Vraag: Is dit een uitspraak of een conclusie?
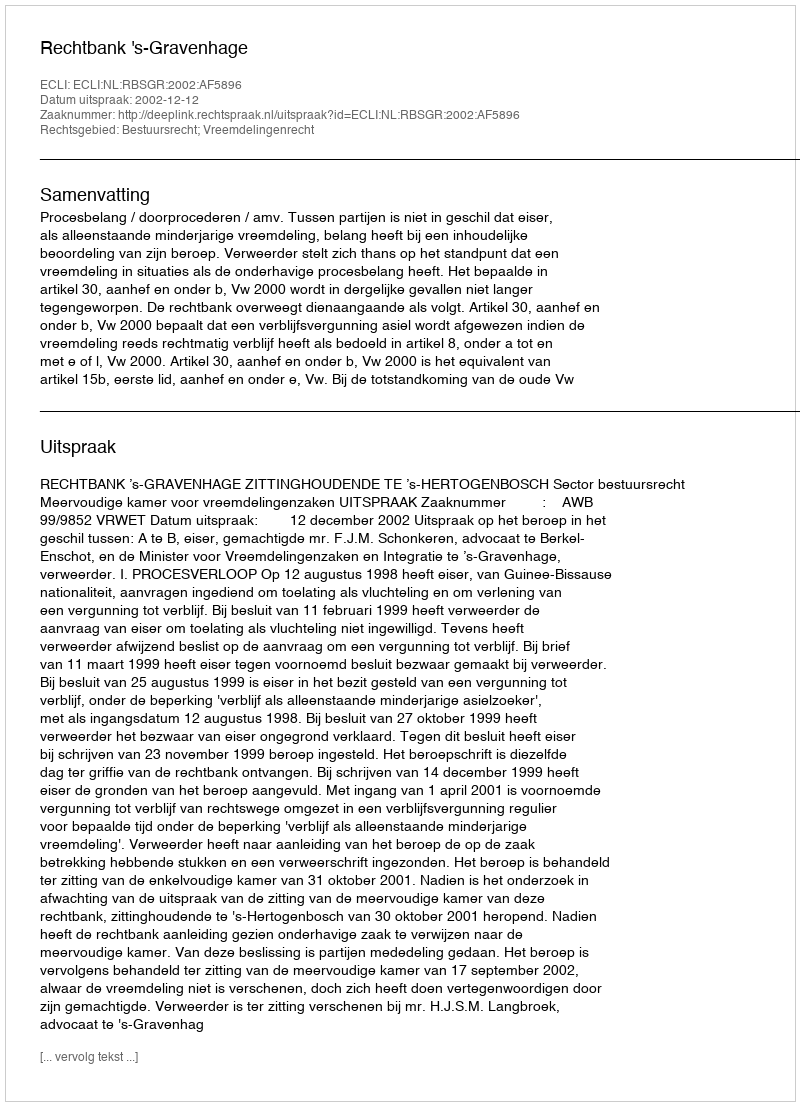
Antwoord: Uitspraak